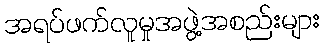
အရပ်ဖက်လူမှုအဖွဲ့အစည်းများ